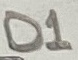
Text: D1